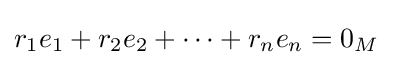
r_{1}e_{1}+r_{2}e_{2}+\cdots +r_{n}e_{n}=0_{M}